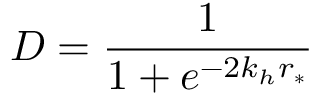
D = \frac { 1 } { 1 + e ^ { - 2 k _ { h } r _ { * } } }